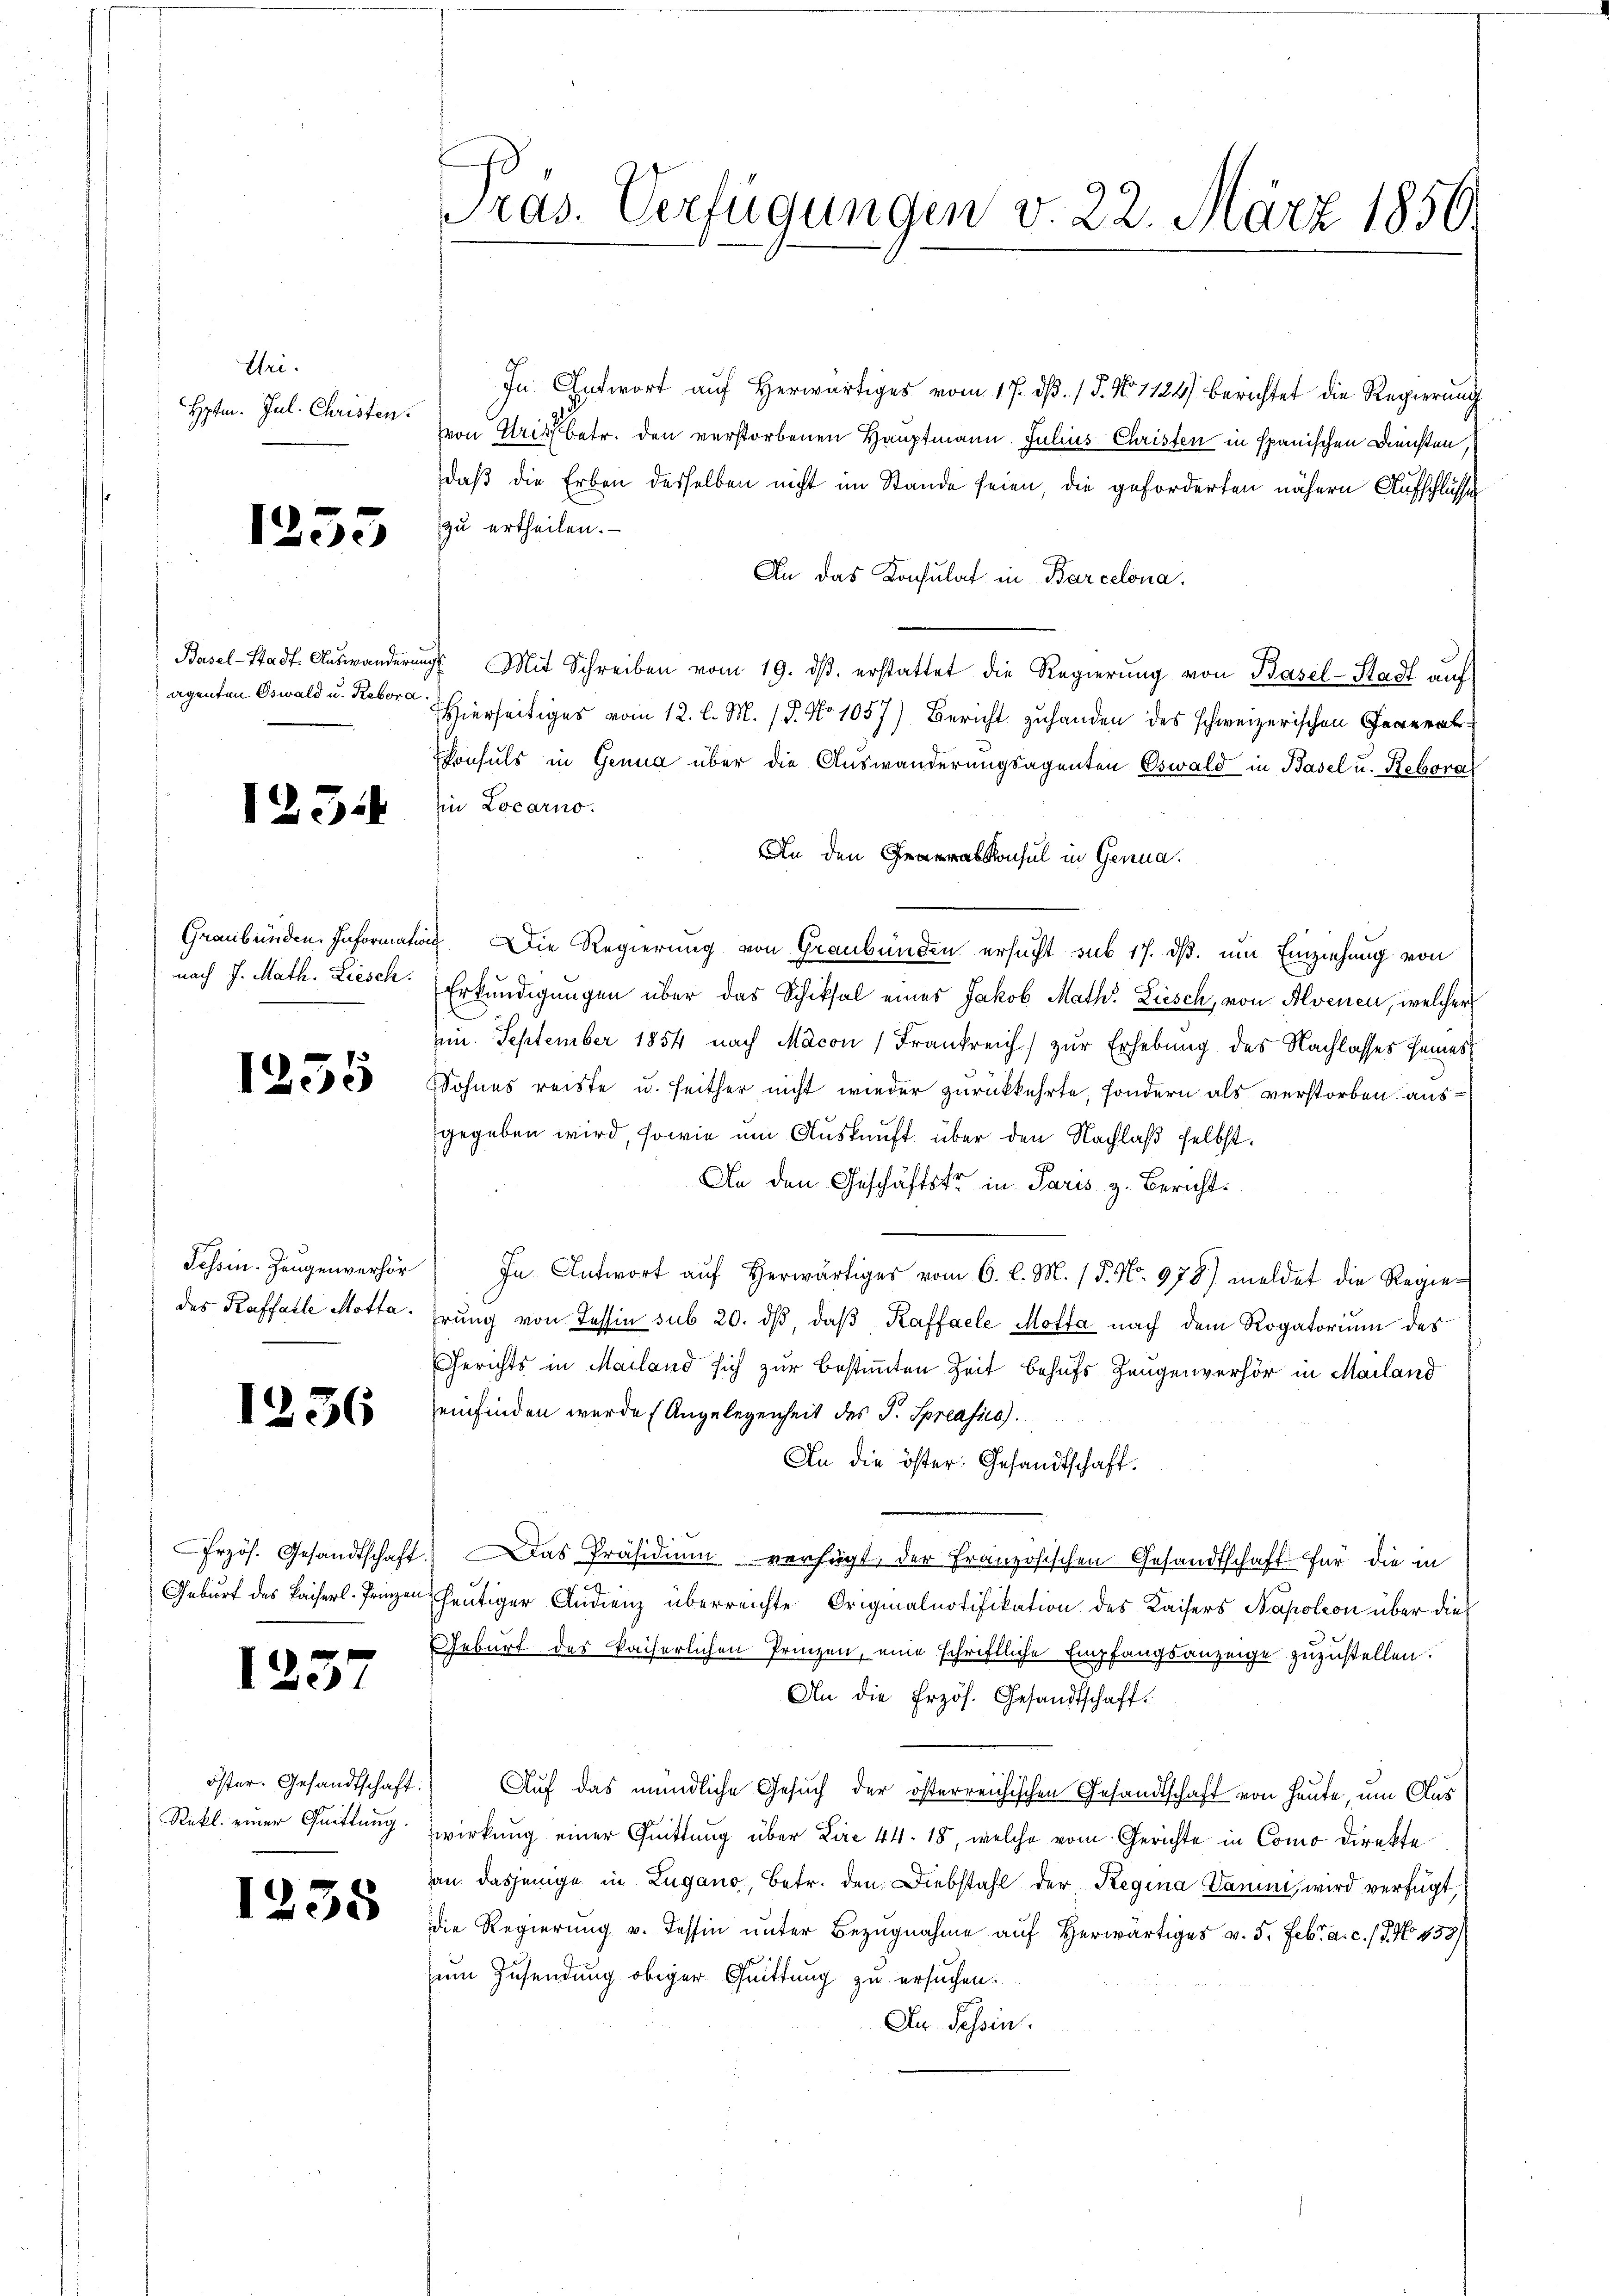
Uri.
Hptm. Jul. Christen.

1253

agenten Oswald u. Rebora.

125.

Graubünden. Informati
nach J. Math. Liesch.

1235

des Raffalle Motta.

1236

1257

Rekl. einer Quittung.

1235

Pras. Verfügungen v. 22. März 1856.

In Antwort auf Herwärtiges vom 17. dß. / 5. No 1124) berichtet die Regierung
von Urisbetr. den verstorbenen Hauptmann. Julius Christen in spanischen Diensten,
daß die Erben desselben nicht im Stande seien, die geforderten nähern Aufschlüsse
zu ertheilen.
An das Konsulat in Barcelona
Basel-Stadt. Auswanderŭng Mit Schreiben vom 19. dβ. erstattet die Regierŭng von Basel-Stadt aŭf
Hierseitiges vom 12. l. M. (T. No 1057) Bericht zuhanden des schweizerischen Generalkonsuls in Genua über die Auswanderungsagenten Oswald in Basel u. Rebora
in Locarno.
An deneralkonsul in Genua
ich Die Regierung von Graubünden ersucht sub 17. ds. um Einziehung von
Erkundigungen über das Schiksal eines Jakob Math. Ziesch, von Alvenen, welcher
in. September 1854 nach Macon Frankreich zur Erhebung des Nachlasses seines
Sohnes reiste u. seither nicht wieder zurückkehrte, sondern als verstorben ausgegeben wird, sowie um Auskunft über den Nachlaß selbst.
An den Geschäftstr in Paris z. Bericht
Tessin. Zeŭgenverhör In Antwort aŭf herwärtiges vom 6. l. M. 15. No. 978) meldet die Regier
hrŭng von Tessin sub 20. dβ, daβ Kaffacle Motta nach dem Rogatoriŭm des
Gerichts in Mailand sich zur bestimmten Zeit behufs Zeugenverhör in Mailand
einfinden werde (Angelegenheit des J. Spreafis).
An die öster: Gesandtschaft.
19
Przös. Gesandtschaft. Das Präsidium verfügt, der französischen Gesandtschaft für die in
Geburt des Kaiserl. Trien heutiger Andienz überreichte Originalnotifikation des Kaisers Napoleon über die
Geburt des kaiserlichen Prinzen, eine schriftliche Empfangsanzeige zuzustellen.
An die Erzös. Gesandtschaft.
öster. Gesandtschaft. Auf das mündliche Gesuch der österreichischen Gesandtschaft von Heute, um Aus
wirkung einer Quittung über Lire 44. 18, welche vom Gerichte in Como direkte
an dasjenige in Zugano, Betr. den Diebstahl der Regina Darini, wird verfügt,
die Regierung v. Tessin unter Bezugnahme auf herwärtiges v. 5. Febr. a. c. (T. No. 433)
zum Zusendung obiger Quittung zu ersuchen.
Du Tessin.